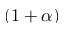
( 1 + \alpha )